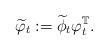
LaTeX: \begin{align*} \widetilde\varphi_{t} := \widetilde \phi_{t} \varphi_t^{\mathbb T}. \end{align*}